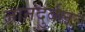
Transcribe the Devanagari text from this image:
ज्ञानदुर्बलः